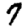
Digit: 7